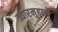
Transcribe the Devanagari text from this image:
ज्वारमुहानें